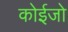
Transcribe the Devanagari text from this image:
कोईजो